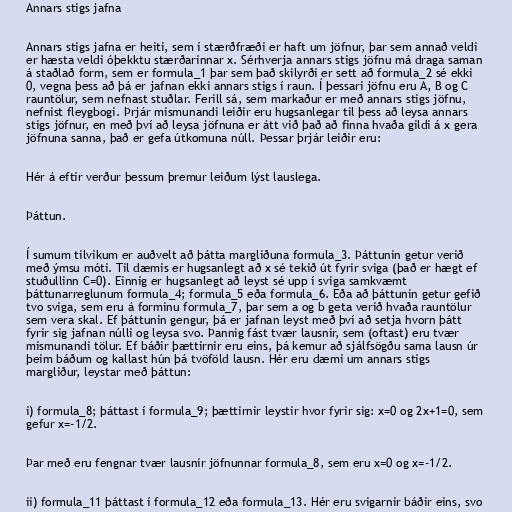
Annars stigs jafna

Annars stigs jafna er heiti, sem í stærðfræði er haft um jöfnur, þar sem annað veldi
er hæsta veldi óþekktu stærðarinnar x. Sérhverja annars stigs jöfnu má draga saman
á staðlað form, sem er formula_1 þar sem það skilyrði er sett að formula_2 sé ekki
0, vegna þess að þá er jafnan ekki annars stigs í raun. Í þessari jöfnu eru A, B og C
rauntölur, sem nefnast stuðlar. Ferill sá, sem markaður er með annars stigs jöfnu,
nefnist fleygbogi. Þrjár mismunandi leiðir eru hugsanlegar til þess að leysa annars
stigs jöfnur, en með því að leysa jöfnuna er átt við það að finna hvaða gildi á x gera
jöfnuna sanna, það er gefa útkomuna núll. Þessar þrjár leiðir eru:

Hér á eftir verður þessum þremur leiðum lýst lauslega.

Þáttun.

Í sumum tilvikum er auðvelt að þátta margliðuna formula_3. Þáttunin getur verið
með ýmsu móti. Til dæmis er hugsanlegt að x sé tekið út fyrir sviga (það er hægt ef
stuðullinn C=0). Einnig er hugsanlegt að leyst sé upp í sviga samkvæmt
þáttunarreglunum formula_4; formula_5 eða formula_6. Eða að þáttunin getur gefið
tvo sviga, sem eru á forminu formula_7, þar sem a og b geta verið hvaða rauntölur
sem vera skal. Ef þáttunin gengur, þá er jafnan leyst með því að setja hvorn þátt
fyrir sig jafnan núlli og leysa svo. Þannig fást tvær lausnir, sem (oftast) eru tvær
mismunandi tölur. Ef báðir þættirnir eru eins, þá kemur að sjálfsögðu sama lausn úr
þeim báðum og kallast hún þá tvöföld lausn. Hér eru dæmi um annars stigs
margliður, leystar með þáttun:

i) formula_8; þáttast í formula_9; þættirnir leystir hvor fyrir sig: x=0 og 2x+1=0, sem
gefur x=-1/2.

Þar með eru fengnar tvær lausnir jöfnunnar formula_8, sem eru x=0 og x=-1/2.

ii) formula_11 þáttast í formula_12 eða formula_13. Hér eru svigarnir báðir eins, svo